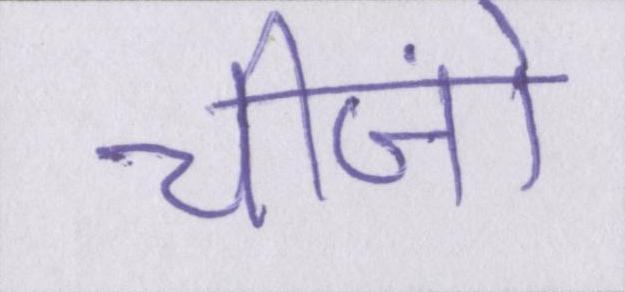
चीज़ों